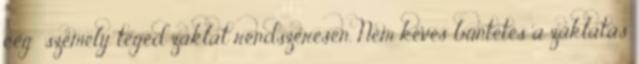
cég személy téged zaklat rendszeresen. Nem kevés büntetés a zaklatás